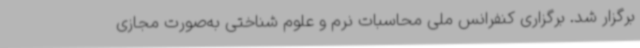
برگزار شد. برگزاری کنفرانس ملی محاسبات نرم و علوم شناختی به‌صورت مجازی